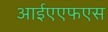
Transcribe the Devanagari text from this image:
आईएएफएस